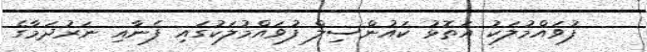
ފުވައްމުލަކު އަތޮޅު ކައުންސިލް ފުވައްމުލަކުގައި ފެނާއި ނަރުދަމާގެ